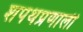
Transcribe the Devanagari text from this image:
शपथप्रणाली